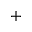
+